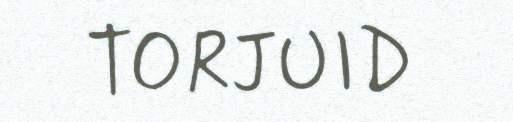
TORJUID